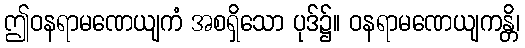
ဤဝနရာမဏေယျကံ အစရှိသော ပုဒ်၌။ ဝနရာမဏေယျကန္တိ၊